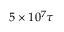
5 \times 1 0 ^ { 7 } \tau